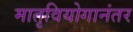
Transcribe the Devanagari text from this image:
मातृवियोगानंतर